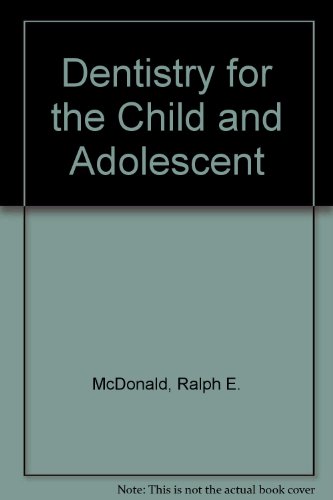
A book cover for Dentistry for the Child and Adolescent; Ralph E. McDonald; Medical Books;